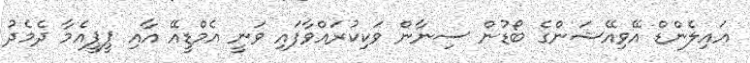
އައިލެންޑް އޭވިއޭޝަންގެ ބޯޑުން ސިނާން ވަކިކުރައްވާފައި ވަނީ އެމްޑީއޭ އާއި ޕީޕީއެމާ ދެމެދު